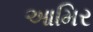
આમિર